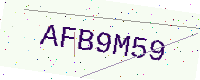
Text: AFB9M59